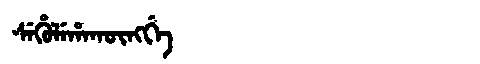
Manchu: ᠰᡝᡥᡠᠯᡝᡥᠠᡴᡡᠩᡤᡝ
Romanization: SEHULEHAKŪNGGE